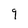
Character: 9